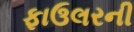
ફાઉલરની